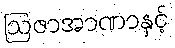
ဩဇာအာဏာနှင့်